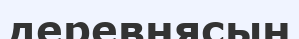
деревнясын